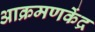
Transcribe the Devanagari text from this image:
आक्रमणकेंद्र